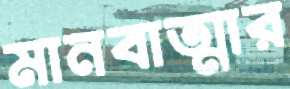
মানবাত্মার